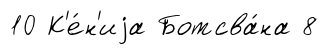
10 К'е́н'иjа Ботсва́на 8